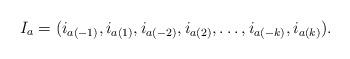
LaTeX: \begin{align*}I_a = (i_{a(-1)}, i_{a(1)}, i_{a(-2)}, i_{a(2)}, \ldots, i_{a(-k)}, i_{a(k)}).\end{align*}